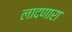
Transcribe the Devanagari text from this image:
लादणारा